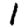
Digit: 1